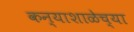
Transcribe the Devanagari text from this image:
कन्याशाळेच्या